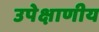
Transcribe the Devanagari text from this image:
उपेक्षाणीय